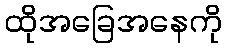
ထိုအခြေအနေကို